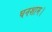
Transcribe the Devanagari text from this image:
घनशाम।